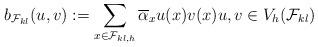
LaTeX: \begin{align*} b_{\mathcal{F}_{k l}}(u,v):=\sum_{x\in\mathcal{F}_{k l,h}}\overline{\alpha}_xu(x)v(x) u,v\in V_h(\mathcal{F}_{k l})\end{align*}